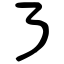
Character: ㇋